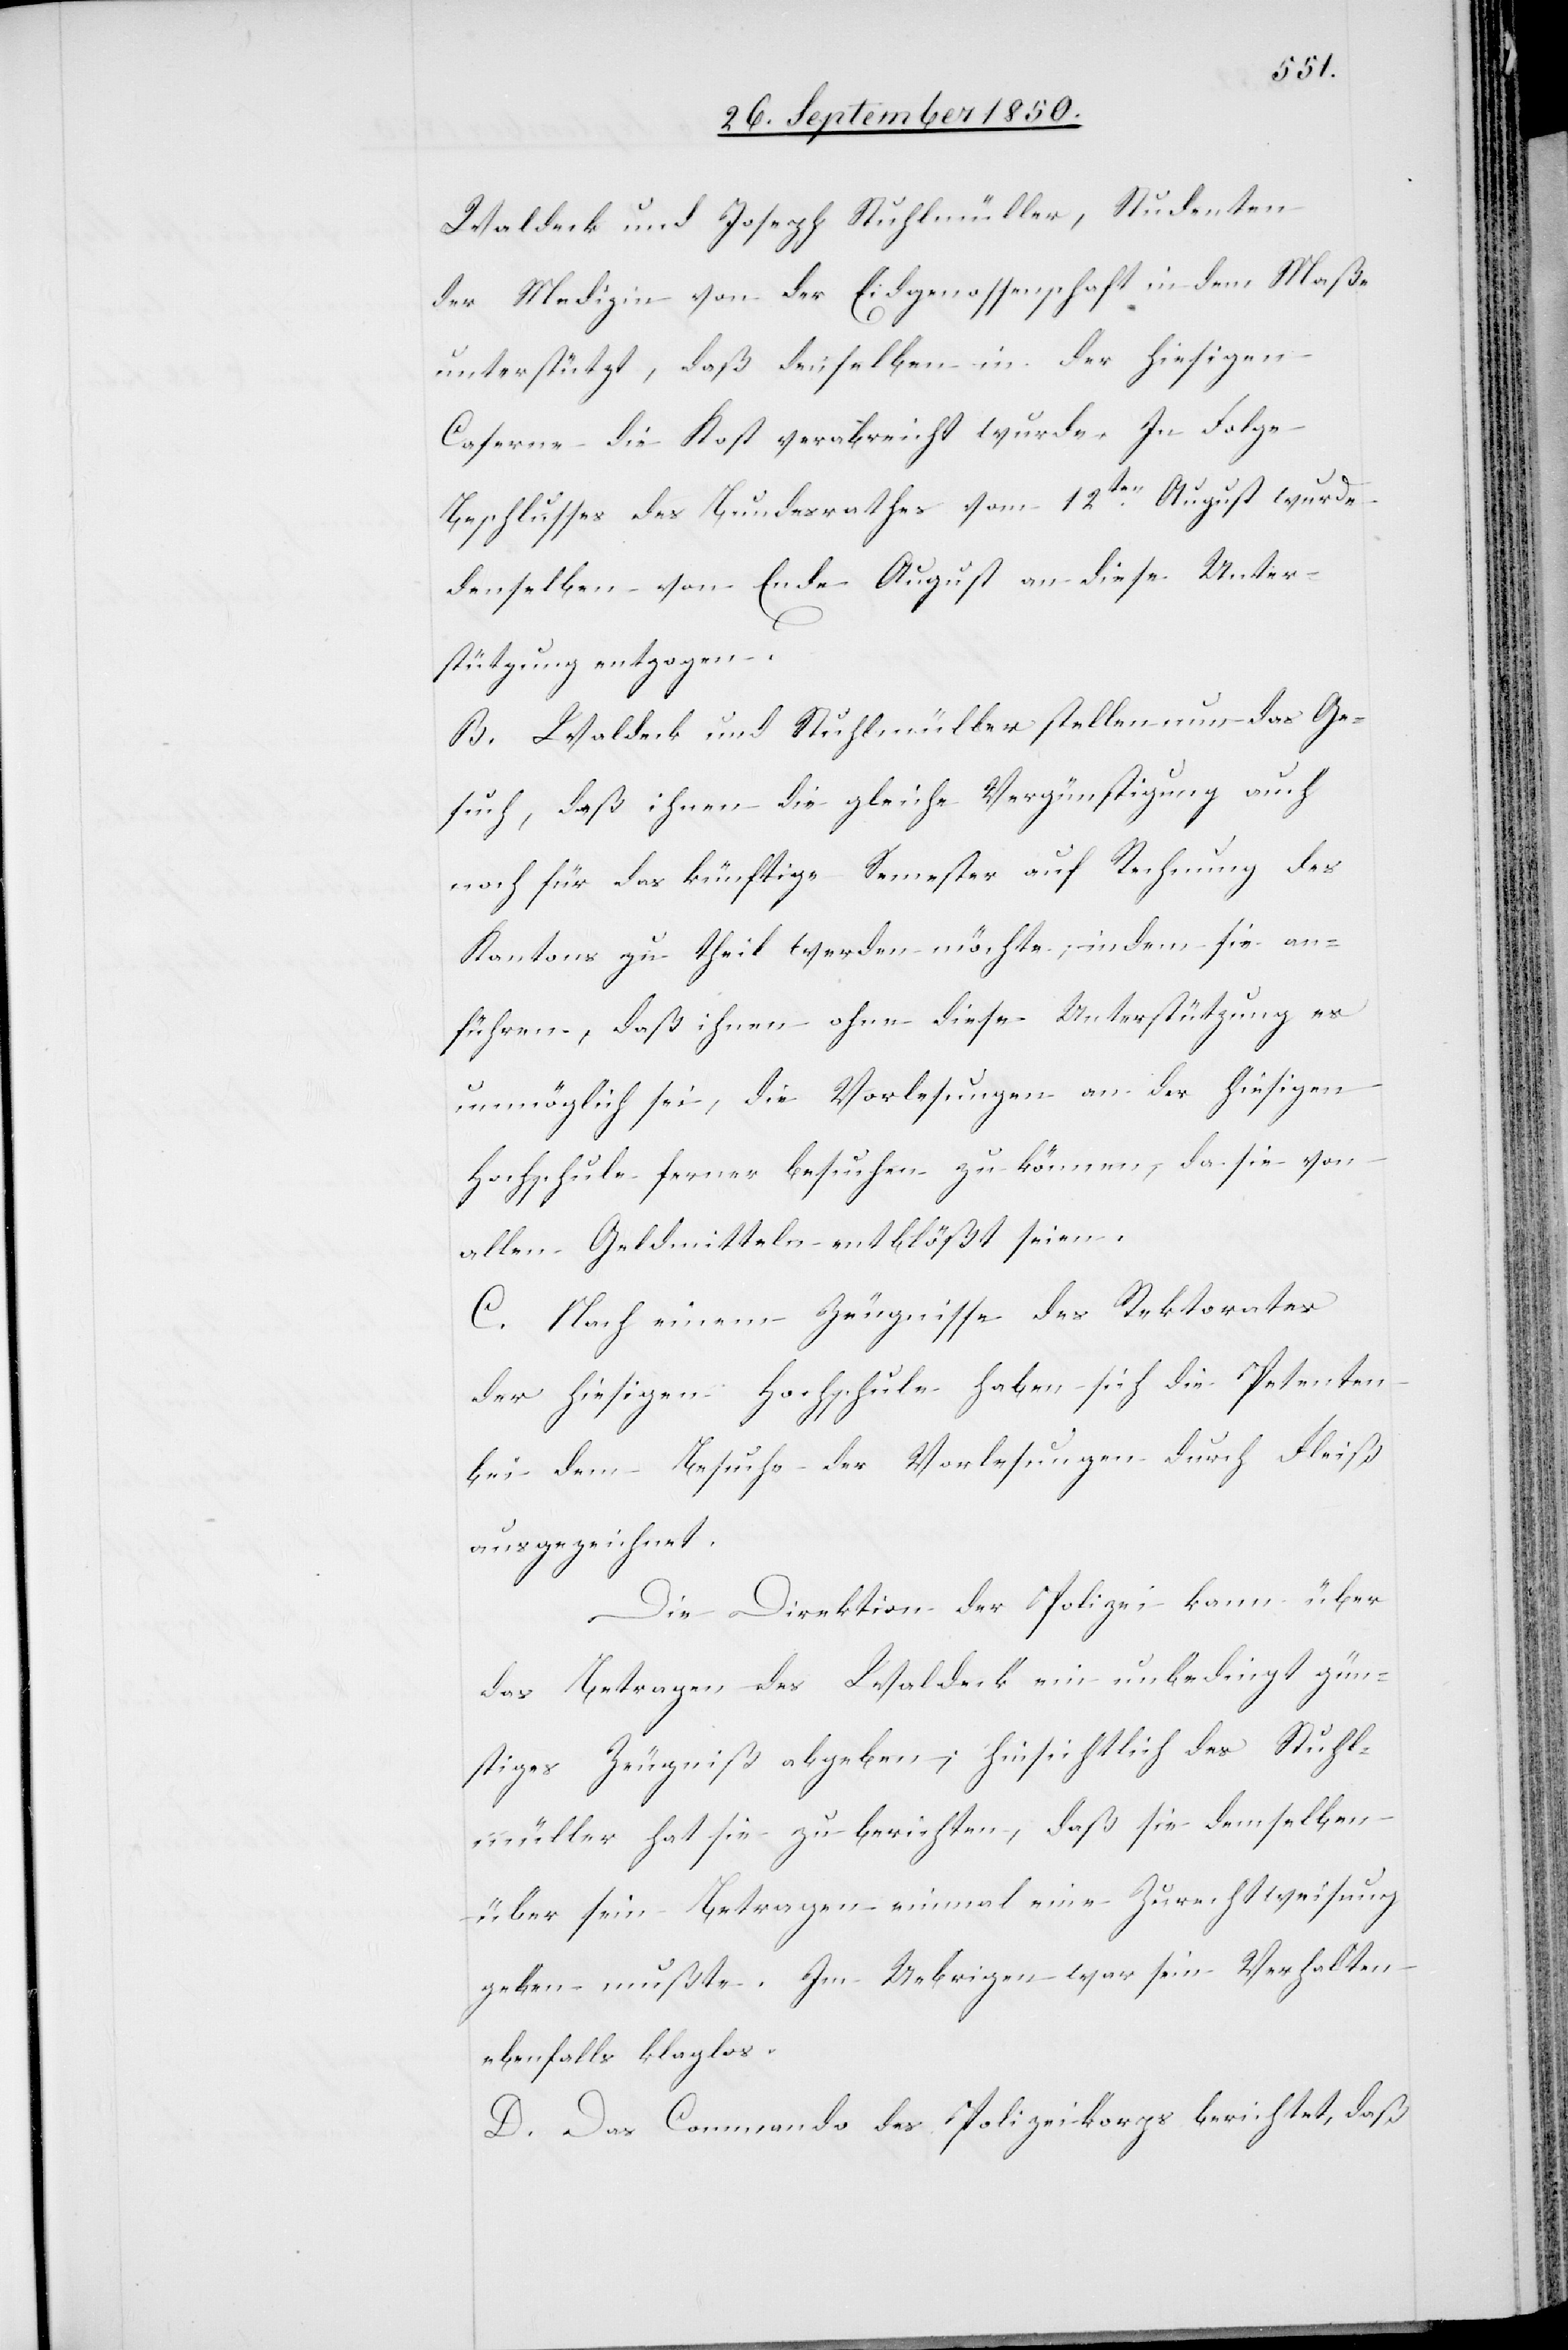
Waldeck und Joseph Stuhlmüller, Studenten
der Medizin von der Eidgenossenschaft in dem Maße
unterstützt, daß denselben in der hiesigen
Caserne die Kost verabreicht wurde. In Folge
Beschlusses des Bundesrathes vom 12ten August wurde
denselben von Ende August an diese Unter¬
stützung entzogen.
B. Waldeck und Stuhlmüller stellen nun das Ge¬
such, daß ihnen die gleiche Vergünstigung auch
noch für das künftige Semester auf Rechnung des
Kantons zu theil werden möchte, indem sie an¬
führen, daß ihnen ohne diese Unterstützung es
unmöglich sei, die Vorlesungen an der hiesigen
Hochschule ferner besuchen zu können, da sie von
allen Geldmitteln entblößt seien.
C. Nach einem Zeugnisse des Rektorates
der hiesigen Hochschule haben sich die Petenten
bei dem Besuche der Vorlesungen durch Fleiß
ausgezeichnet.
Die Direktion der Polizei kann über
das Betragen des Waldeck ein unbedingt gün¬
stiges Zeugniß abgeben; hinsichtlich des Stuhl¬
müller hat sie zu berichten, daß sie demselben
über sein Betragen einmal eine Zurechtweisung
geben mußte. Im Uebrigen war sein Verhalten
ebenfalls klaglos.
D. Das Commando des Polizeikorps berichtet, daß